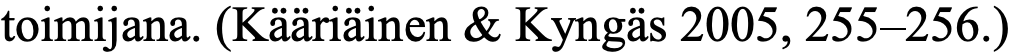
toimijana. (Kääriäinen & Kyngäs 2005, 255–256.)